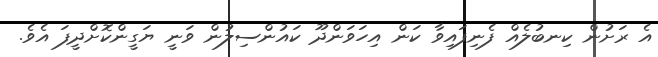
އެ ރަށުން ކިނބުލެއް ފެނިފައިވާ ކަން އިހަވަންދޫ ކައުންސިލުން ވަނީ ޔަގީންކޮށްދީފަ އެވެ.